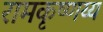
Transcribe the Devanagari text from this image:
रामकृष्णय्य